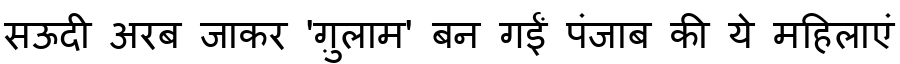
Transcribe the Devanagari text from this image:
सऊदी अरब जाकर 'ग़ुलाम' बन गईं पंजाब की ये महिलाएं